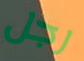
رجل